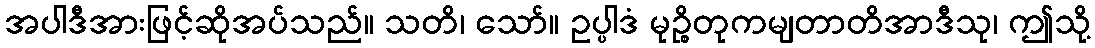
အပါဒီအားဖြင့်ဆိုအပ်သည်။ သတိ၊ သော်။ ဥပ္ပါဒံ မုဉ္စိတုကမျတာတိအာဒီသု၊ ဤသို့